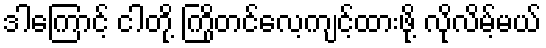
ဒါကြောင့် ငါတို့ ကြိုတင်လေ့ကျင့်ထားဖို့ လိုလိမ့်မယ်